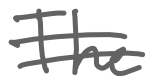
Text: The
Cross-out: double-line
Writing tool: digital_gray